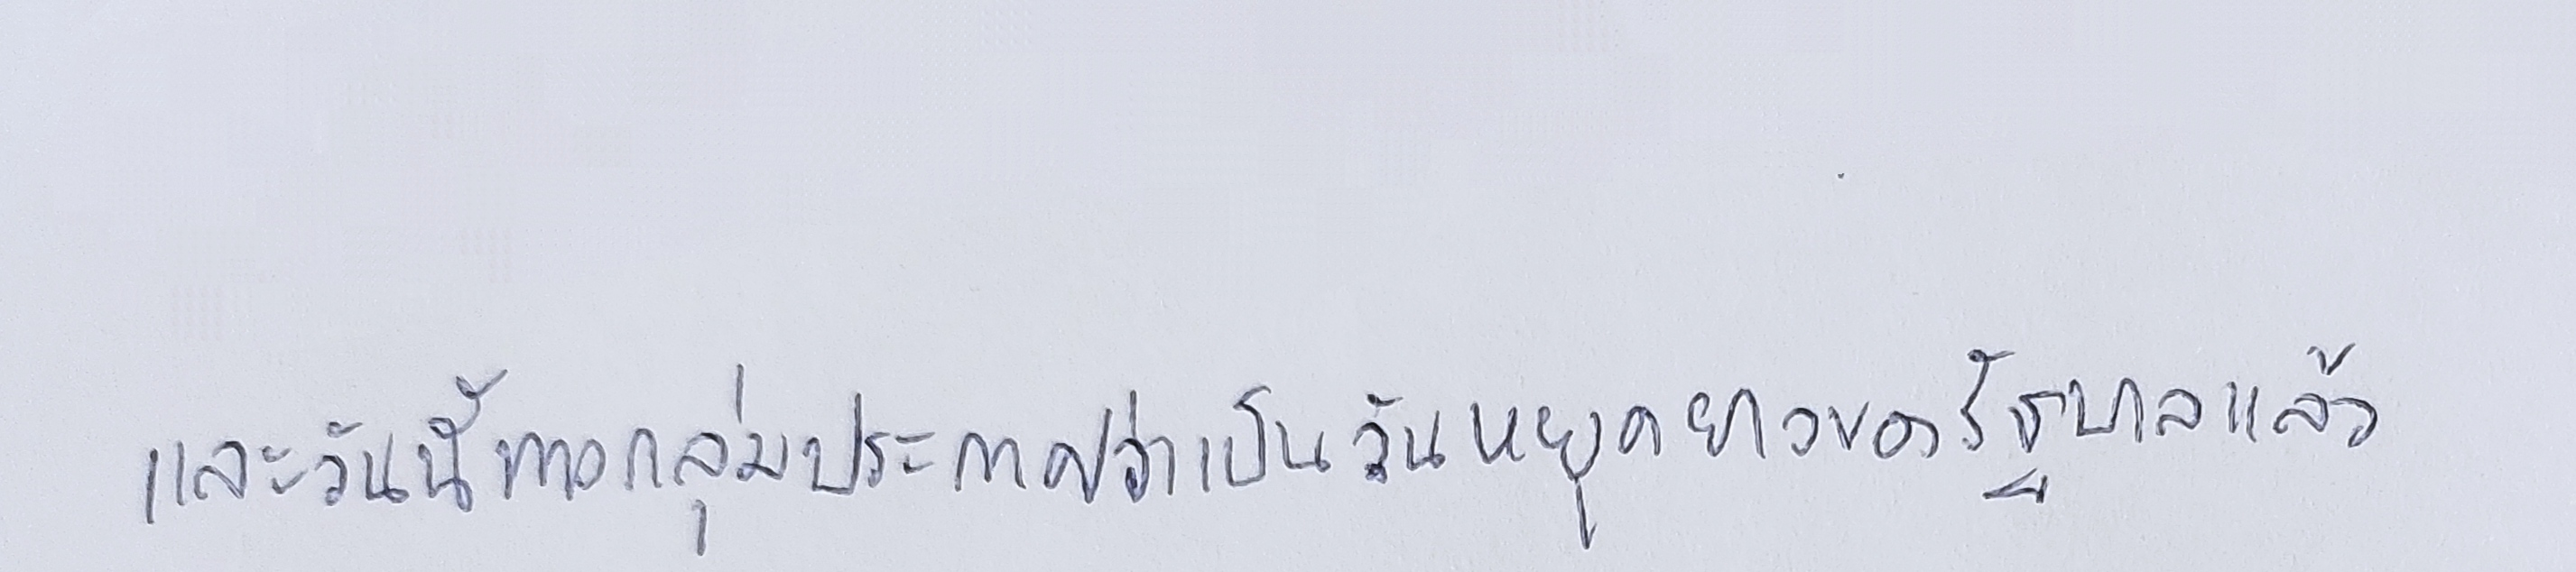
และวันนี้ทางกลุ่มประกาศว่าเป็นวันหยุดยาวของรัฐบาลแล้ว